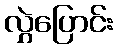
လွှဲပြောင်း